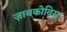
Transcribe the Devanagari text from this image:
ज़ाबकोविस